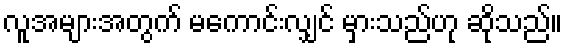
လူအများအတွက် မကောင်းလျှင် မှားသည်ဟု ဆိုသည်။